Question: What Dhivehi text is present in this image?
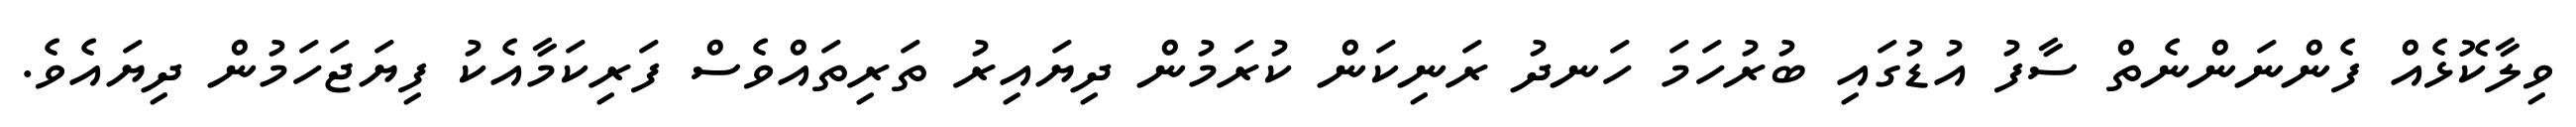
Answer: ވިލާކޮޅެއް ފެންނަންނެތް ސާފު އުޑުގައި ބުރުހަމަ ހަނދު ރަނިކަން ކުރަމުން ދިޔައިރު ތަރިތައްވެސް ފަރިކަމާއެކު ފިޔަޖަހަމުން ދިޔައެވެ.